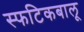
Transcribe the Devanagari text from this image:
स्फटिकबालू